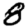
Digit: 8